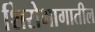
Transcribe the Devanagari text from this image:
शिरोभागातील